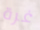
غرة